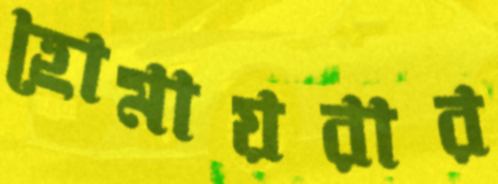
হোমায়রার